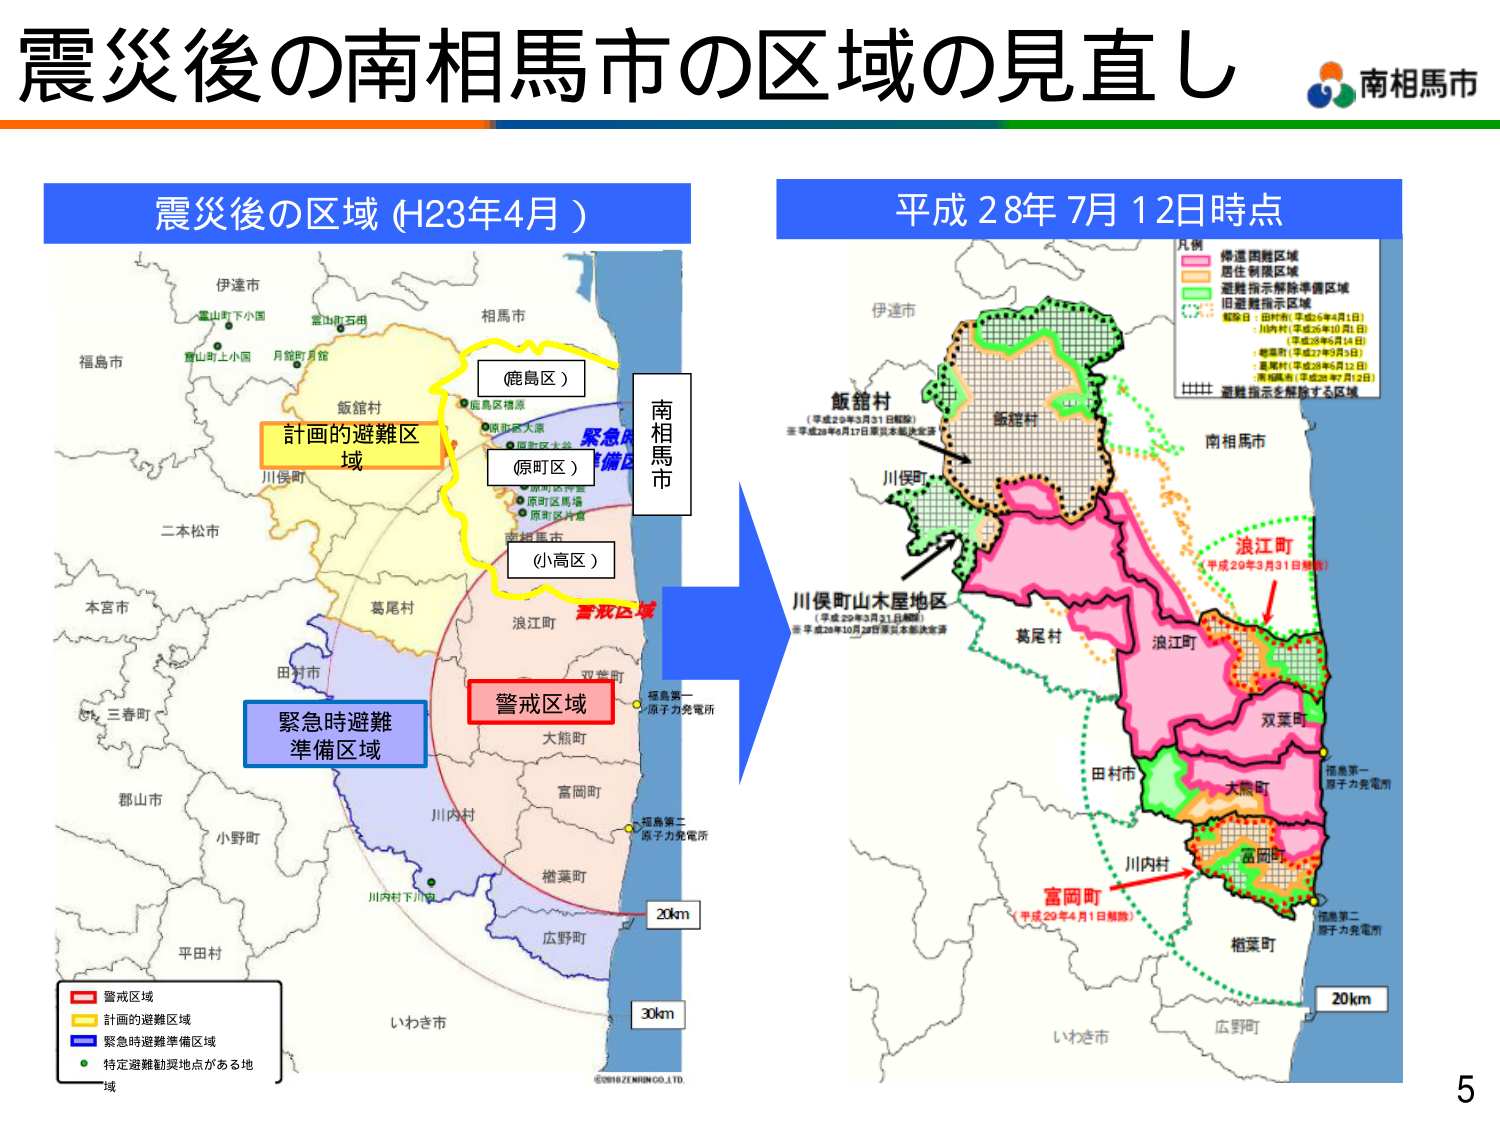
震災後の南相馬市の区域の見直し
南相馬市
震災後の区域（H23年4月）
平成28年7月12日時点
伊達市
福島市
飯舘村
（鹿島区）
南相馬市
（原町区）
（小高区）
緊急時避難
準備区域
警戒区域
計画的避難区域
20km
30km
いわき市
平田村
小野町
郡山市
三春町
本宮市
二本松市
川俣町
葛尾村
田村市
浪江町
双葉町
大熊町
富岡町
川内村
楢葉町
広野町
福島第一
原子力発電所
福島第二
原子力発電所
川内村下川俣
警戒区域
計画的避難区域
緊急時避難準備区域
特定避難勧奨地点がある地
域
©2016 ZENRANGO.LTD
飯舘村
（平成29年3月31日解除）
※平成28年10月17日震災本部決定済
川俣町山木屋地区
（平成29年3月31日解除）
※平成28年10月17日震災本部決定済
川俣町
飯舘村
葛尾村
浪江町
双葉町
田村市
大熊町
川内村
富岡町
楢葉町
広野町
いわき市
福島第一
原子力発電所
福島第二
原子力発電所
20km
凡例
帰還困難区域
居住制限区域
避難指示解除準備区域
旧避難指示区域
解除日：田村市（平成26年4月1日）
・川俣村（平成26年10月1日）
（平成28年3月14日）
・楢葉町（平成27年6月1日）
・富岡町（平成28年6月12日）
・南相馬市（平成28年7月12日）
避難指示を解除する区域
浪江町
（平成29年3月31日解除）
富岡町
（平成29年4月1日解除）
5